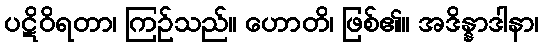
ပဋိဝိရတာ၊ ကြဉ်သည်။ ဟောတိ၊ ဖြစ်၏။ အဒိန္နာဒါနာ၊